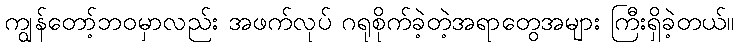
ကျွန်တော့်ဘဝမှာလည်း အဖက်လုပ် ဂရုစိုက်ခဲ့တဲ့အရာတွေအများ ကြီးရှိခဲ့တယ်။